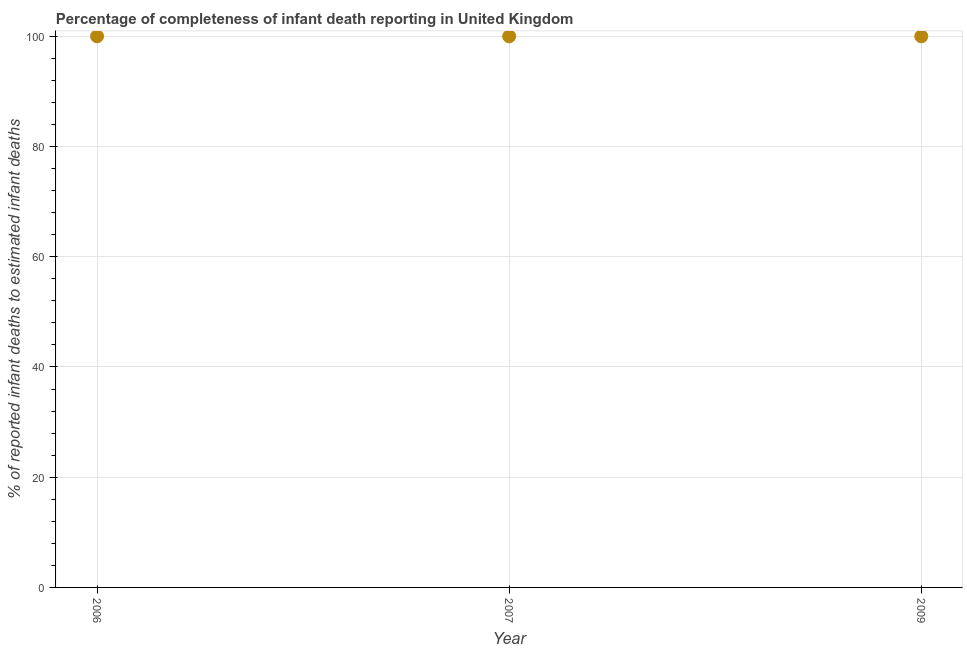
| Year | Completeness of infant death reporting |
 | --- | --- |
 | 2006 | 100 |
 | 2007 | 100 |
 | 2009 | 100 |